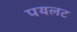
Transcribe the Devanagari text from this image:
पयलट